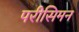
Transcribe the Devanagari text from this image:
परीसिमन